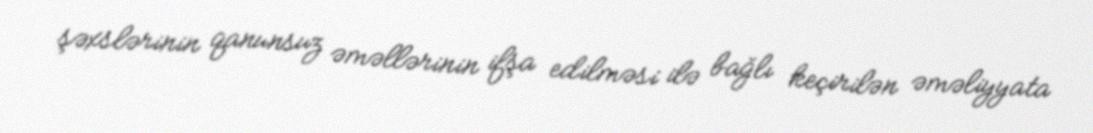
şəxslərinin qanunsuz əməllərinin ifşa edilməsi ilə bağlı keçirilən əməliyyata